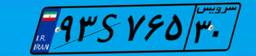
۹۳S۷۶۵۳۰